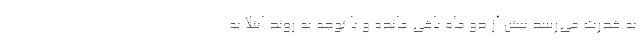
به قدرت می‌رسد بیش از دو ماه باقی مانده و با توجه به روند ابتلا به